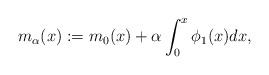
LaTeX: \begin{align*}m_{\alpha} (x):=m_0(x)+\alpha\int_0^x\phi_1(x)dx,\end{align*}